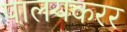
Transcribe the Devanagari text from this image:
पालयकरर